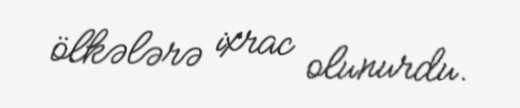
ölkələrə ixrac olunurdu.